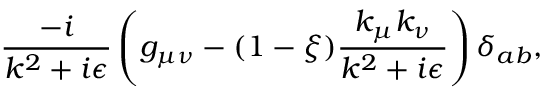
\frac { - i } { k ^ { 2 } + i \epsilon } \left( g _ { \mu \nu } - ( 1 - \xi ) \frac { k _ { \mu } k _ { \nu } } { k ^ { 2 } + i \epsilon } \right) \delta _ { a b } ,